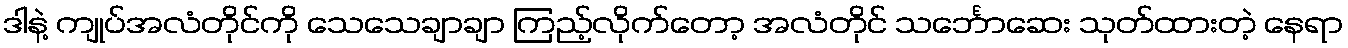
ဒါနဲ့ ကျုပ်အလံတိုင်ကို သေသေချာချာ ကြည့်လိုက်တော့ အလံတိုင် သင်္ဘောဆေး သုတ်ထားတဲ့ နေရာ